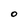
Character: O